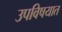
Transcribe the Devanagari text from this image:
उपविषयात